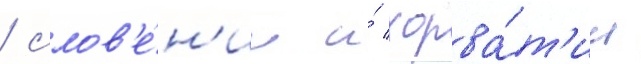
/ слов'е́н'ии и́ хорва́т'ии